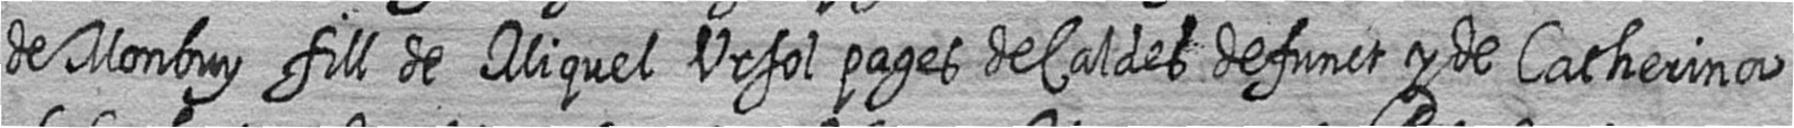
de Monbuy fill de Miquel Ursol pages de Caldes defunct y de Catherina